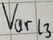
Text: Varl3